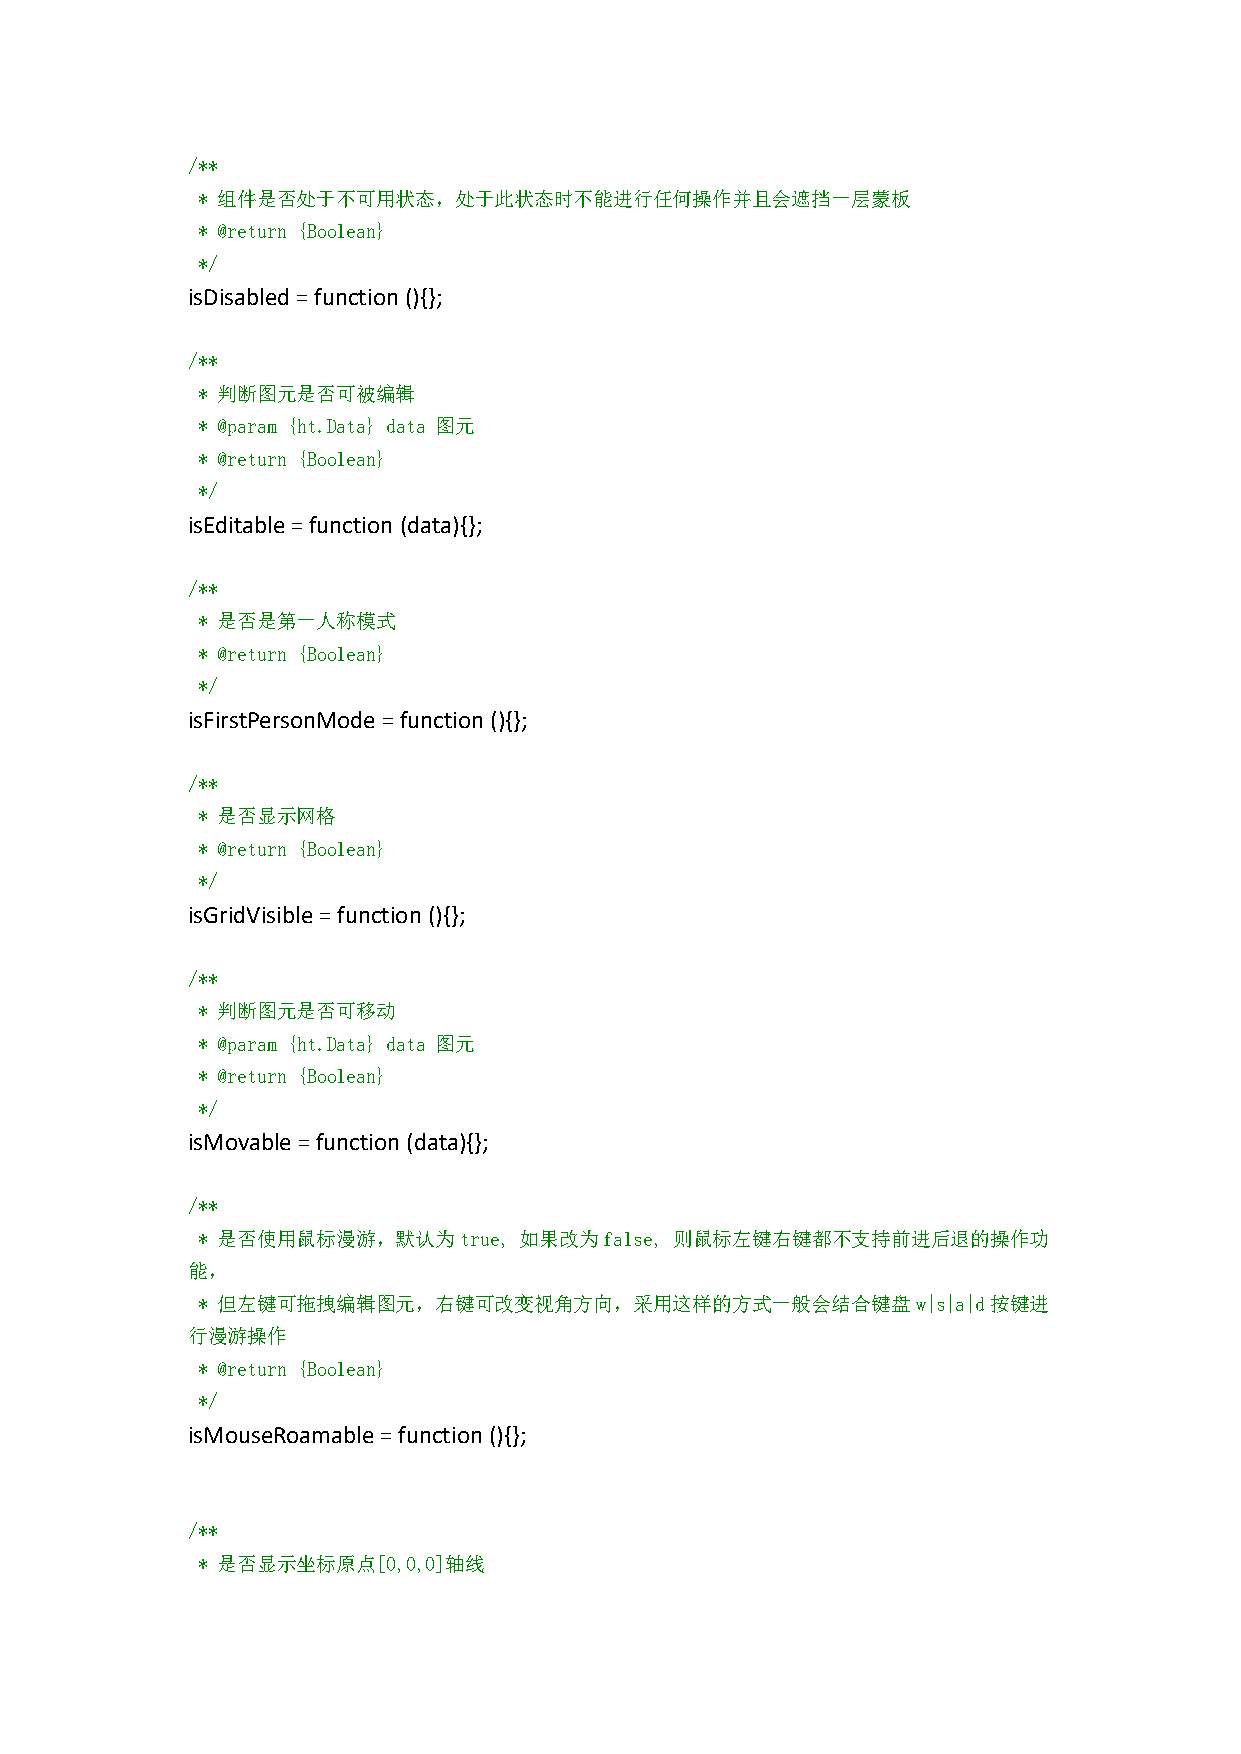
/**
 * 组件是否处于不可用状态，处于此状态时不能进行任何操作并且会遮挡一层蒙板
 * @return {Boolean}
 */
 isDisabled=function(){};
 /**
 * 判断图元是否可被编辑
 * @param {ht.Data} data 图元
 * @return {Boolean}
 */
 isEditable=function (data){};
 /**
 * 是否是第一人称模式
 * @return {Boolean}
 */
 isFirstPersonMode=function(){};
 /**
 * 是否显示网格
 * @return {Boolean}
 */
 isGridVisible=function(){};
 /**
 * 判断图元是否可移动
 * @param {ht.Data} data 图元
 * @return {Boolean}
 */
 isMovable=function(data){};
 /**
 * 是否使用鼠标漫游，默认为true,  如果改为false, 则鼠标左键右键都不支持前进后退的操作功
 能，
 * 但左键可拖拽编辑图元，右键可改变视角方向，采用这样的方式一般会结合键盘w|s|a|d按键进
 行漫游操作
 * @return {Boolean}
 */
 isMouseRoamable=function(){};
 /**
 * 是否显示坐标原点[0,0,0]轴线